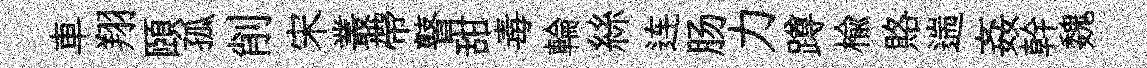
車翔頤孤削宋叢帶瞽甜毒輪絲连肠力蹲楡賂遄姦幹魏